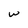
Character: w